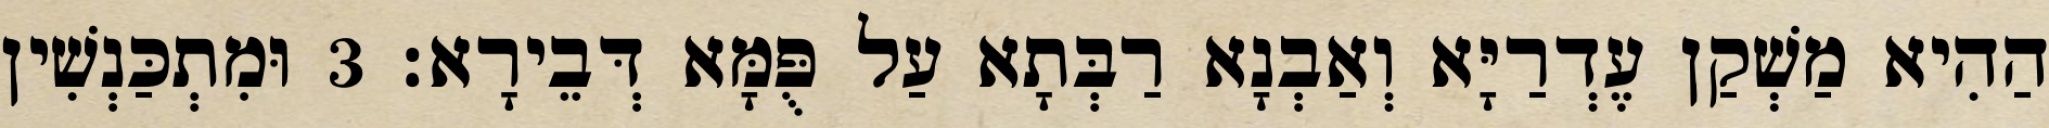
הַהִיא מַשְׁקַן עֶדְרַיָּא וְאַבְנָא רַבְּתָא עַל פֻּמָּא דְּבֵירָא׃ 3 וּמִתְכַּנְשִׁין